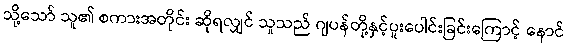
သို့သော် သူ၏ စကားအတိုင်း ဆိုရလျှင် သူသည် ဂျပန်တို့နှင့်ပူးပေါင်းခြင်းကြောင့် နောင်